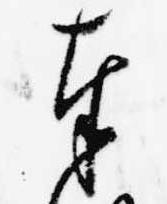
奉